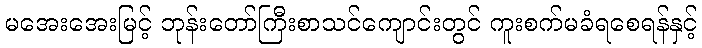
မအေးအေးမြင့် ဘုန်းတော်ကြီးစာသင်ကျောင်းတွင် ကူးစက်မခံရစေရန်နှင့်